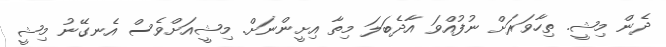
ދެން މިޝީ. ތިހާވަރަށް ނުފުއްވަ އާދެބަލަ މިތާ އިށީންނަށް. މިޝީއަށްވެސް އެނގޭނު މިޝީ